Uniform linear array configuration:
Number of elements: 64
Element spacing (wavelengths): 1
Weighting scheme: cosine
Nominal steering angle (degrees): -60
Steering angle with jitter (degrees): -59.143
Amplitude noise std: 0.05
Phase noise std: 0.05

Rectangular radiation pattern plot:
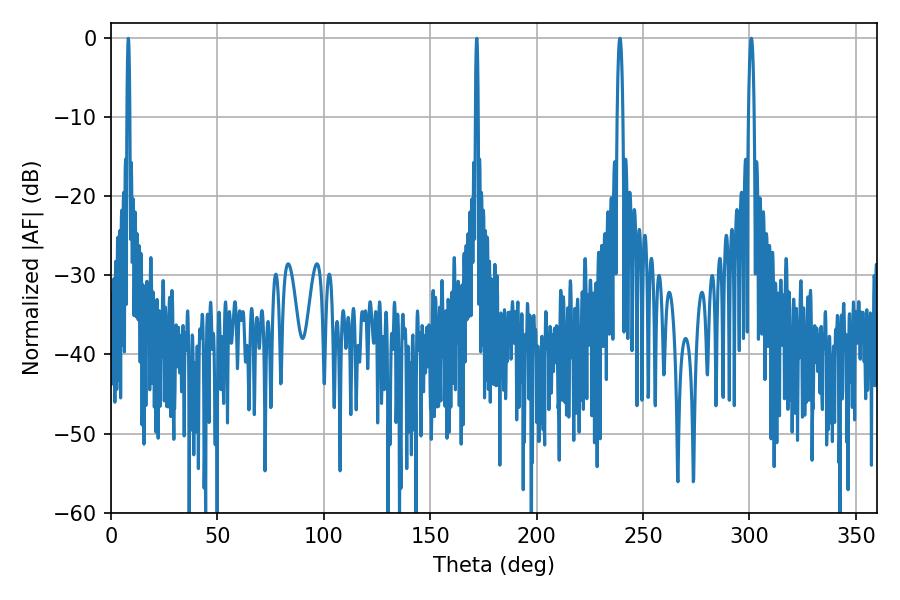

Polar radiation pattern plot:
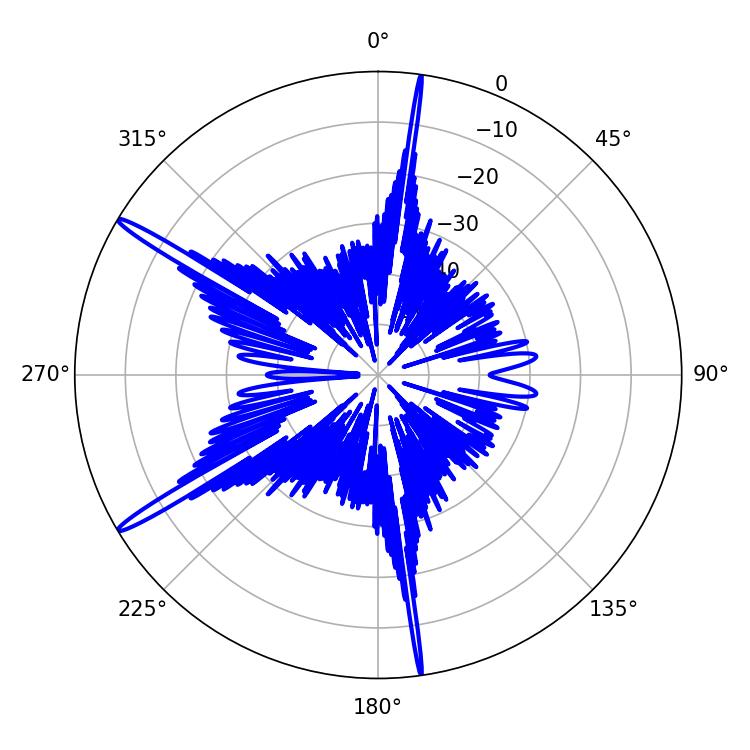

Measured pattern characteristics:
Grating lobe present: TRUE
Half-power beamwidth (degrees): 0.72
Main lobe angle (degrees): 8.1